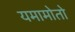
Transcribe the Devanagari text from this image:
यमामोतो